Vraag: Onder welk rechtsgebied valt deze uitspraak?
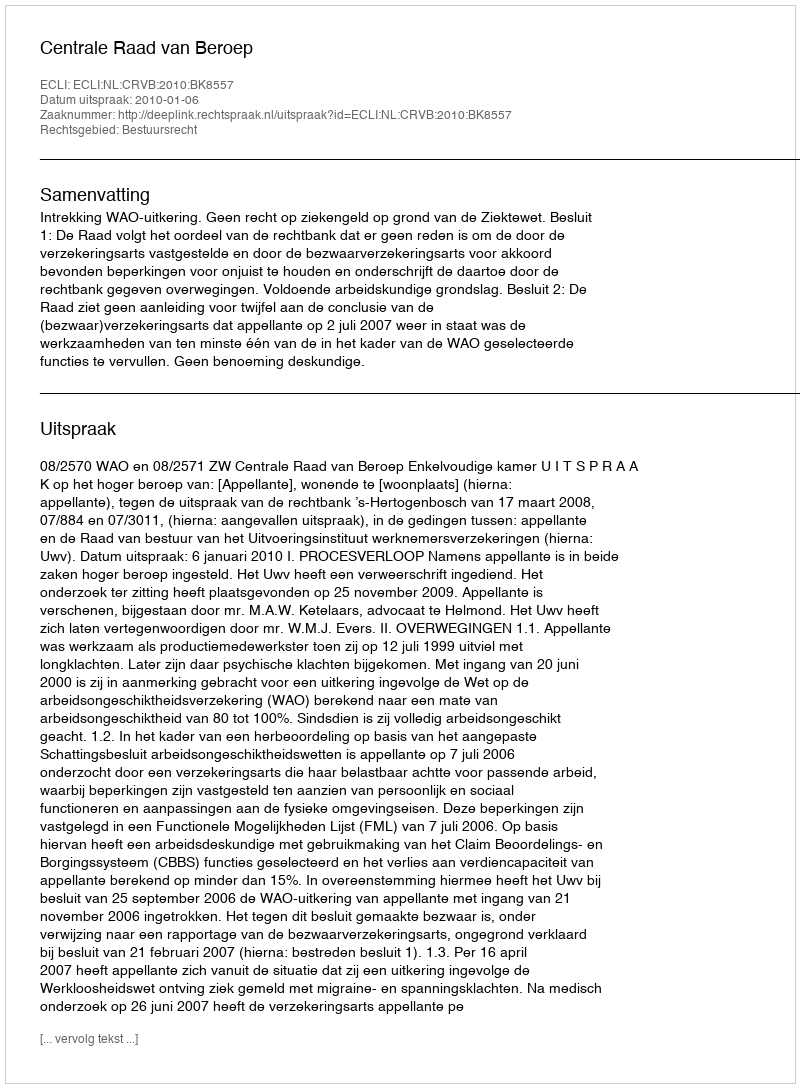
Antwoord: Bestuursrecht